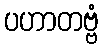
ပဟာတဗ္ဗံ